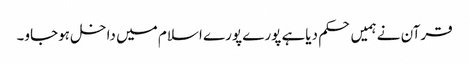
قرآن نے ہمیں حکم دیاہے پورے پورے اسلام میں داخل ہوجاو۔